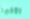
الأخيرة